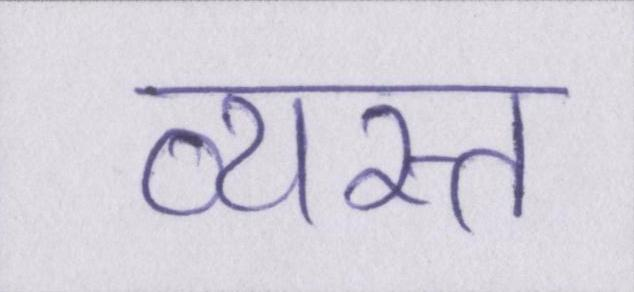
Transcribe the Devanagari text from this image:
व्यस्त